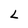
Character: L